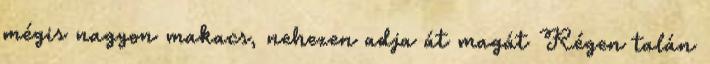
mégis nagyon makacs, nehezen adja át magát Régen talán